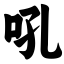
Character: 吼